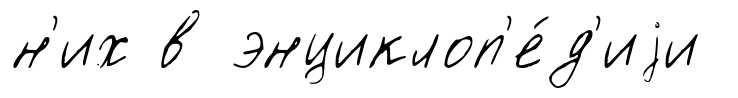
н'их в энциклоп'е́д'иjи